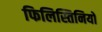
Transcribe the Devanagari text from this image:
फिलिस्तिनियों